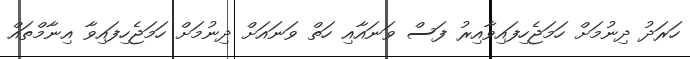
ހަރަދު ދިނުމަށް ހަމަޖެހިފައިވާއިރު ފަސް ވަނައާއި ހަތް ވަނައަށް ދިނުމަށް ހަމަޖެހިފައިވާ އިނާމްތައް